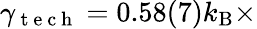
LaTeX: \gamma_{\mathrm{~t~e~c~h~}}=0.58(7)k_{\mathrm{B}}\times